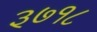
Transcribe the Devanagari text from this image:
३७१८